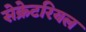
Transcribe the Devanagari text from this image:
सेक्रेटरियल